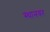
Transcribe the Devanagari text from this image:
स्थानवर